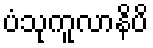
ပံသုကူလာနိပိ